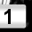
Digit: 1